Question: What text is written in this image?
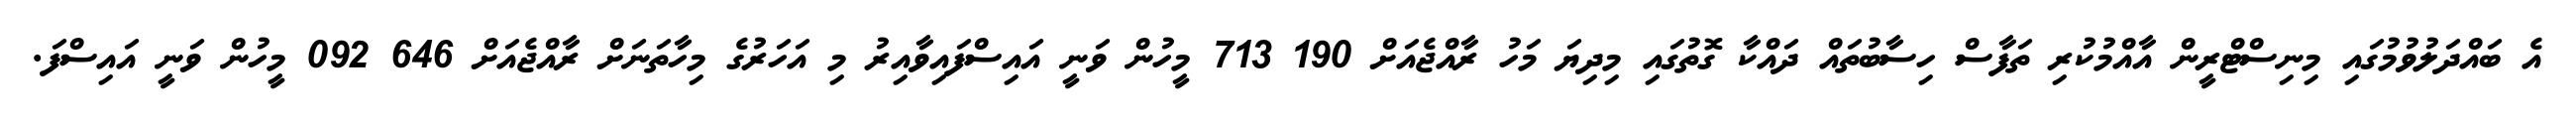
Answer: އެ ބައްދަލުވުމުގައި މިނިސްޓްރީން އާއްމުކުރި ތަފާސް ހިސާބުތައް ދައްކާ ގޮތުގައި މިދިޔަ މަހު ރާއްޖެއަށް 190 713 މީހުން ވަނީ އައިސްފައިވާއިރު މި އަހަރުގެ މިހާތަނަށް ރާއްޖެއަށް 646 092 މީހުން ވަނީ އައިސްފަ.